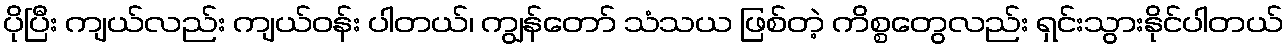
ပိုပြီး ကျယ်လည်း ကျယ်ဝန်း ပါတယ်၊ ကျွန်တော် သံသယ ဖြစ်တဲ့ ကိစ္စတွေလည်း ရှင်းသွားနိုင်ပါတယ်